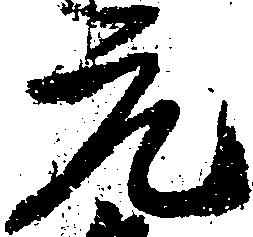
元